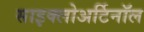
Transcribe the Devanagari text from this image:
साइक्लोअर्टिनॉल